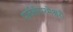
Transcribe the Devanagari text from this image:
पार्वतीपरमेश्वरौ